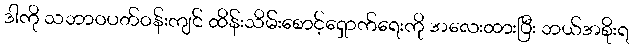
ဒါကို သဘာဝပတ်ဝန်းကျင် ထိန်းသိမ်းစောင့်ရှောက်ရေးကို အလေးထားပြီး ဘယ်အစိုးရ